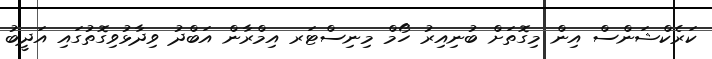
ކަރެކްޝަންސް އިން މިގޮތަށް ބުނިއިރު ހޯމް މިނިސްޓަރ އިމްރާން އަބްދު ވިދާޅުވިގޮތުގައި އަދީބު